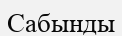
Сабынды